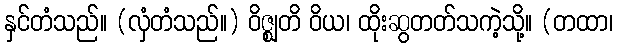
နှင်တံသည်။ (လှံတံသည်။) ဝိဇ္ဈတိ ဝိယ၊ ထိုးဆွတတ်သကဲ့သို့။ (တထာ၊